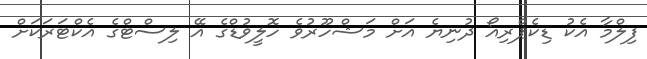
ފިލްމާ އެކު ޑިކެޕްރިއޯ ދުނިޔެ އަށް މަޝްހޫރުވެ ހޮލީވުޑްގެ އޭ ލިސްޓްގެ އެކްޓަރަކަށް